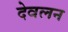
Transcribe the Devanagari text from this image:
देवलन